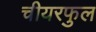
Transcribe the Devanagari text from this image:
चीयरफुल